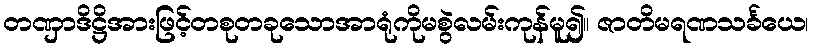
တဏှာဒိဋ္ဌိအားဖြင့်တစုတခုသောအာရုံကိုမစွဲလမ်းကုန်မူ၍။ ဇာတိမရဏသင်္ခယေ၊